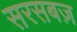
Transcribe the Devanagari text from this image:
सरसबज़